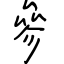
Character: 參